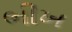
ભીખ